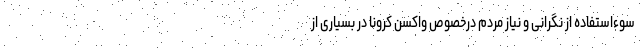
سوءاستفاده از نگرانی و نیاز مردم درخصوص واکسن کرونا در بسیاری از